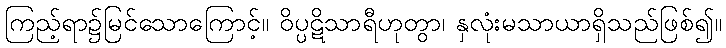
ကြည့်ရာ၌မြင်သောကြောင့်။ ဝိပ္ပဋိသာရီဟုတွာ၊ နှလုံးမသာယာရှိသည်ဖြစ်၍။